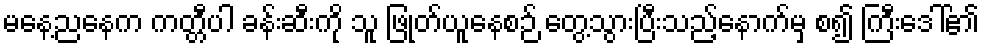
မနေ့ညနေက ကတ္တီပါ ခန်းဆီးကို သူ ဖြုတ်ယူနေစဉ် တွေ့သွားပြီးသည့်နောက်မှ စ၍ ကြီးဒေါ်၏